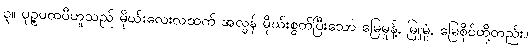
၃။ ပုဉ္ဇပထဝီဟူသည် မိုဃ်းလေးလထက် အလွန် မိုဃ်းစွတ်ပြီးသော မြေမှုန့်, မြူမှုံ, မြေစိုင်တို့တည်း။